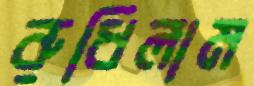
রুধিলাম